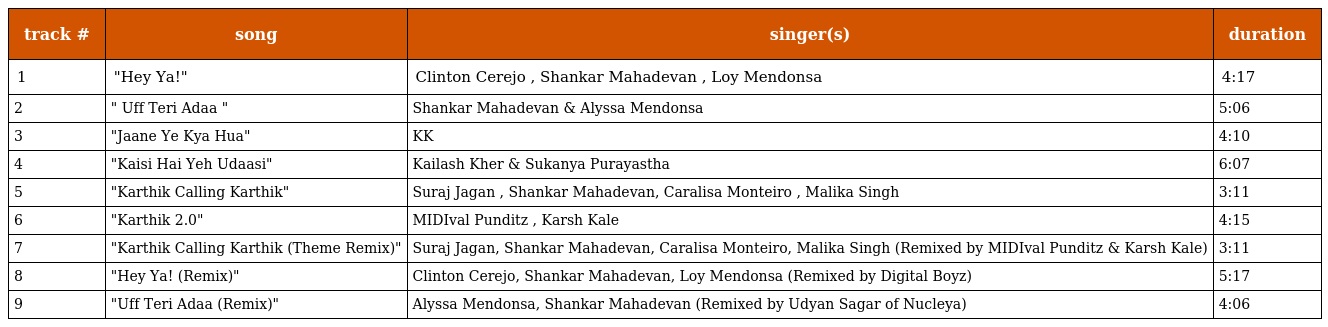
| track # | song | singer(s) | duration |
 | --- | --- | --- | --- |
 | 1 | "Hey Ya!" | Clinton Cerejo , Shankar Mahadevan , Loy Mendonsa | 4:17 |
 | 2 | " Uff Teri Adaa " | Shankar Mahadevan & Alyssa Mendonsa | 5:06 |
 | 3 | "Jaane Ye Kya Hua" | KK | 4:10 |
 | 4 | "Kaisi Hai Yeh Udaasi" | Kailash Kher & Sukanya Purayastha | 6:07 |
 | 5 | "Karthik Calling Karthik" | Suraj Jagan , Shankar Mahadevan, Caralisa Monteiro , Malika Singh | 3:11 |
 | 6 | "Karthik 2.0" | MIDIval Punditz , Karsh Kale | 4:15 |
 | 7 | "Karthik Calling Karthik (Theme Remix)" | Suraj Jagan, Shankar Mahadevan, Caralisa Monteiro, Malika Singh (Remixed by MIDIval Punditz & Karsh Kale) | 3:11 |
 | 8 | "Hey Ya! (Remix)" | Clinton Cerejo, Shankar Mahadevan, Loy Mendonsa (Remixed by Digital Boyz) | 5:17 |
 | 9 | "Uff Teri Adaa (Remix)" | Alyssa Mendonsa, Shankar Mahadevan (Remixed by Udyan Sagar of Nucleya) | 4:06 |